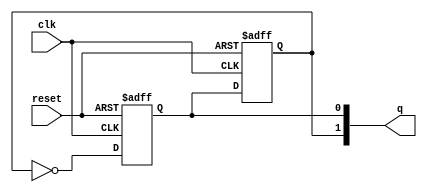
module dual_stage_johnson_counter (
    input wire clk,        // Clock signal
    input wire reset,      // Asynchronous reset signal
    output reg [1:0] q     // 2-bit output representing the state of the counter
);

// Internal signals for the flip-flops
reg q0; // Output of the first flip-flop
reg q1; // Output of the second flip-flop

// Asynchronous reset and state transition on clock edge
always @(posedge clk or posedge reset) begin
    if (reset) begin
        // Initialize both flip-flops to 0 on reset
        q0 <= 1'b0;
        q1 <= 1'b0;
    end else begin
        // State transition logic for the Johnson counter
        q0 <= ~q1; // Invert the output of the second flip-flop
        q1 <= q0;  // Pass the current state of the first flip-flop to the second
    end
end

// Assign the outputs
always @(*) begin
    q = {q1, q0}; // Concatenate q1 and q0 for the output
end

endmodule